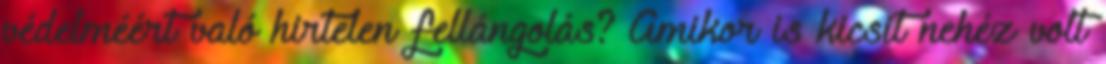
védelméért való hirtelen fellángolás? Amikor is kicsit nehéz volt